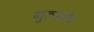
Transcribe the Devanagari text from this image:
गुरुस्तोत्र